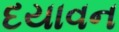
દયાવન